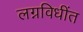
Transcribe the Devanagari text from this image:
लग्नविधींत